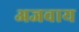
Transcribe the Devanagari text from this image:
अजवाय